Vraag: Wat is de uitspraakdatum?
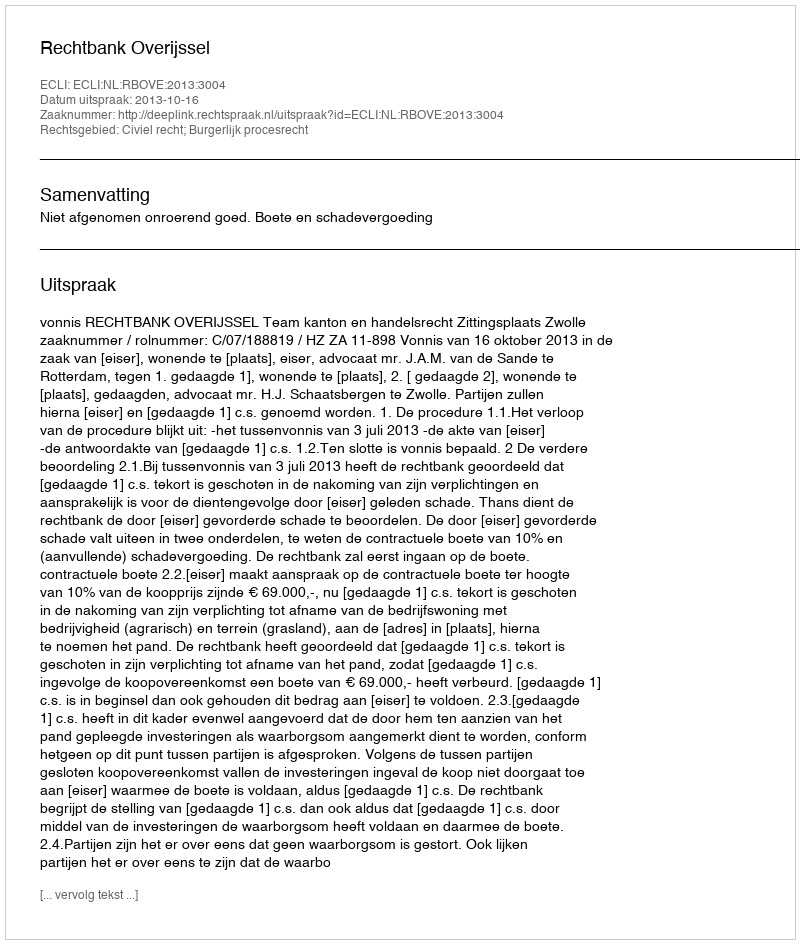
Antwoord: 2013-10-16